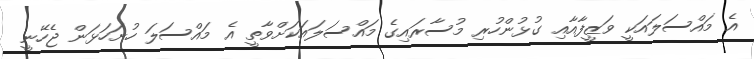
އެ މައްސަލައަކީ ވަޒީފާއާއި ގުޅުންހުރި މުސާރައިގެ މައްސަލައަކަށްވާތީ އެ މައްސަލަ ހުށަހަޅަން ޖެހޭނީ